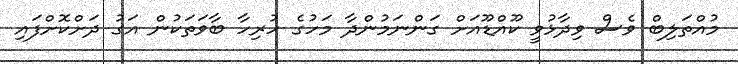
މުއްތަލިބް ވެސް ވިދާޅުވީ ކޫއްޑޫއަށް ގަންނަމުންދާ މަހުގެ ހުރިހާ ބާވަތަކުން އަގު ދަށްކޮށްފައި